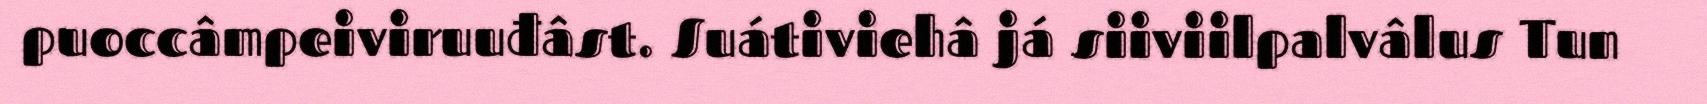
puoccâmpeiviruuđâst. Suátiviehâ já siiviilpalvâlus Tun